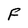
Character: F